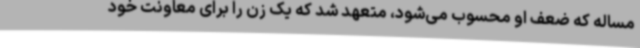
مساله که ضعف او محسوب می‌شود، متعهد شد که یک زن را برای معاونت خود